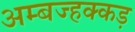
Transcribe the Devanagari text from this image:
अम्बज्हक्कड़